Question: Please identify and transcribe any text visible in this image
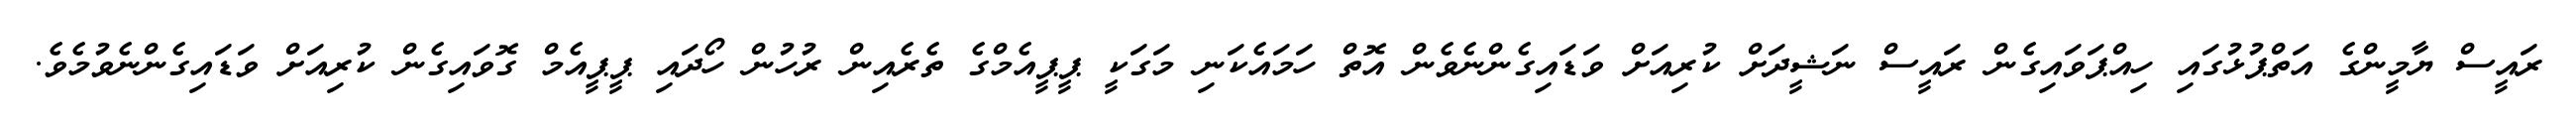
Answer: ރައީސް ޔާމީންގެ އަތްޕުޅުގައި ހިއްޕަވައިގެން ރައީސް ނަޝީދަށް ކުރިއަށް ވަޑައިގެންނެވެން އޮތް ހަމައެކަނި މަގަކީ ޕީޕީއެމްގެ ތެރެއިން ރުހުން ހޯދައި ޕީޕީއެމް ގޮވައިގެން ކުރިއަށް ވަޑައިގެންނެވުމެވެ.